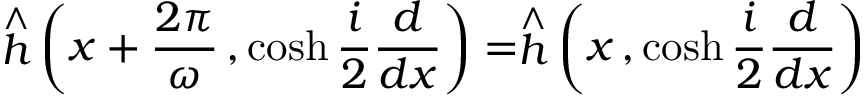
\stackrel { \wedge } { h } \left( x + \frac { 2 \pi } { \omega } \, , \cosh \frac { i } { 2 } \frac { d } { d x } \right) = \stackrel { \wedge } { h } \left( x \, , \cosh \frac { i } { 2 } \frac { d } { d x } \right)